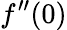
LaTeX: f^{\prime\prime}(0)